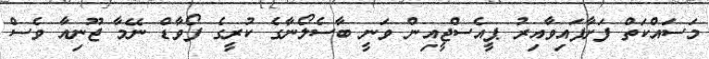
މަސައްކަތް ފަށާފައިވާއިރު ޕީއެސްޖީއިން ވަނީ ބާސެލޯނާގެ ކުރީގެ ފޯވާޑް ނޭމާ ޖޫނިއާ ވެސް